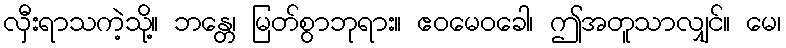
လှီးရာသကဲ့သို့။ ဘန္တေ၊ မြတ်စွာဘုရား။ ဧဝမေဝခေါ၊ ဤအတူသာလျှင်။ မေ၊